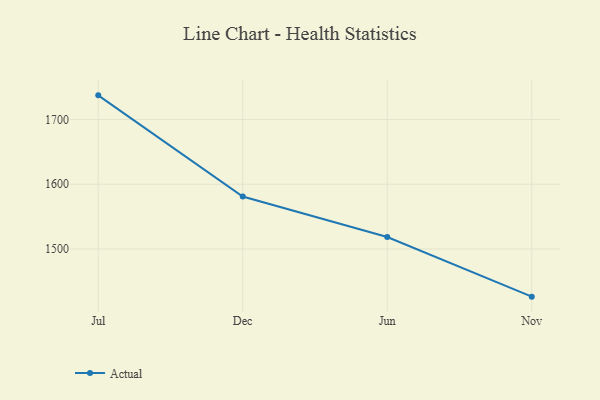
{"axis": {"x": "Month", "y": "Inventory Turnover"}, "legend": ["Actual"], "data": [{"x": "Jul", "y": 1737.3, "type": "Actual"}, {"x": "Dec", "y": 1581.0, "type": "Actual"}, {"x": "Jun", "y": 1518.4, "type": "Actual"}, {"x": "Nov", "y": 1426.3, "type": "Actual"}]}